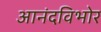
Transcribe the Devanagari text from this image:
आनंदविभोर